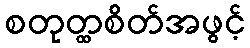
စတုတ္ထစိတ်အဖွင့်